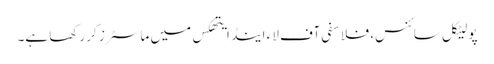
پولیٹکل سائنس، فلاسفی آف لاء اینڈ ایتھکس میں ماسٹرز کر رکھا ہے۔